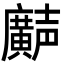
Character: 𫸌